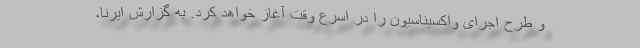
و طرح اجرای واکسیناسیون را در اسرع وقت آغاز خواهد کرد. به گزارش ایرنا،